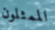
الممثلون